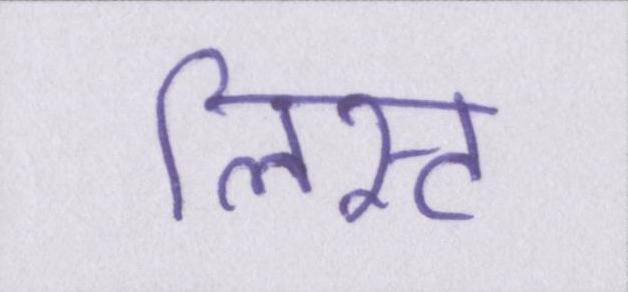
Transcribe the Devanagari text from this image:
लिस्ट